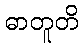
ဓာတူတိ